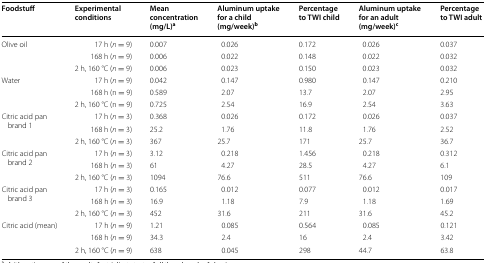
<table><thead><tr><td><b>Foodstuff</b></td><td><b>Experimental conditions</b></td><td><b>Mean concentration (mg/L)<sup>a</sup></b></td><td><b>Aluminum uptake for a child (mg/week)<sup>b</sup></b></td><td><b>Percentage to TWI child</b></td><td><b>Aluminum uptake for an adult (mg/week)<sup>c</sup></b></td><td><b>Percentage to TWI adult</b></td></tr></thead><tbody><tr><td rowspan="3">Olive oil</td><td>17 h (<i>n</i> = 9)</td><td>0.007</td><td>0.026</td><td>0.172</td><td>0.026</td><td>0.037</td></tr><tr><td>168 h (<i>n</i> = 9)</td><td>0.006</td><td>0.022</td><td>0.148</td><td>0.022</td><td>0.032</td></tr><tr><td>2 h, 160 °C (<i>n</i> = 9)</td><td>0.006</td><td>0.023</td><td>0.150</td><td>0.023</td><td>0.032</td></tr><tr><td rowspan="3">Water</td><td>17 h (<i>n</i> = 9)</td><td>0.042</td><td>0.147</td><td>0.980</td><td>0.147</td><td>0.210</td></tr><tr><td>168 h (n = 9)</td><td>0.589</td><td>2.07</td><td>13.7</td><td>2.07</td><td>2.95</td></tr><tr><td>2 h, 160 °C (n = 9)</td><td>0.725</td><td>2.54</td><td>16.9</td><td>2.54</td><td>3.63</td></tr><tr><td rowspan="3">Citric acid pan brand 1</td><td>17 h (<i>n</i> = 3)</td><td>0.368</td><td>0.026</td><td>0.172</td><td>0.026</td><td>0.037</td></tr><tr><td>168 h (<i>n</i> = 3)</td><td>25.2</td><td>1.76</td><td>11.8</td><td>1.76</td><td>2.52</td></tr><tr><td>2 h, 160 °C (<i>n</i> = 3)</td><td>367</td><td>25.7</td><td>171</td><td>25.7</td><td>36.7</td></tr><tr><td rowspan="3">Citric acid pan brand 2</td><td>17 h (<i>n</i> = 3)</td><td>3.12</td><td>0.218</td><td>1.456</td><td>0.218</td><td>0.312</td></tr><tr><td>168 h (<i>n</i> = 3)</td><td>61</td><td>4.27</td><td>28.5</td><td>4.27</td><td>6.1</td></tr><tr><td>2 h, 160 °C (<i>n</i> = 3)</td><td>1094</td><td>76.6</td><td>511</td><td>76.6</td><td>109</td></tr><tr><td rowspan="3">Citric acid pan brand 3</td><td>17 h (<i>n</i> = 3)</td><td>0.165</td><td>0.012</td><td>0.077</td><td>0.012</td><td>0.017</td></tr><tr><td>168 h (<i>n</i> = 3)</td><td>16.9</td><td>1.18</td><td>7.9</td><td>1.18</td><td>1.69</td></tr><tr><td>2 h, 160 °C (<i>n</i> = 3)</td><td>452</td><td>31.6</td><td>211</td><td>31.6</td><td>45.2</td></tr><tr><td rowspan="3">Citric acid (mean)</td><td>17 h (<i>n</i> = 9)</td><td>1.21</td><td>0.085</td><td>0.564</td><td>0.085</td><td>0.121</td></tr><tr><td>168 h (<i>n</i> = 9)</td><td>34.3</td><td>2.4</td><td>16</td><td>2.4</td><td>3.42</td></tr><tr><td>2 h, 160 °C (<i>n</i> = 9)</td><td>638</td><td>0.045</td><td>298</td><td>44.7</td><td>63.8</td></tr></tbody></table>